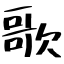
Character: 歌